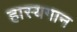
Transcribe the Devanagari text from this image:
हास्यगान